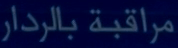
مراقبة بالرادار